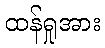
ထန်ရှုအား